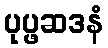
ပုပ္ဖဆဒနံ